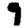
Digit: 9